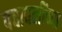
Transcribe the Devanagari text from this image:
पदावलींच्या